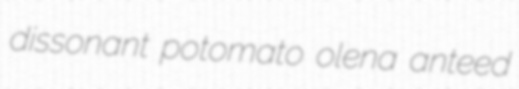
dissonant potomato olena anteed